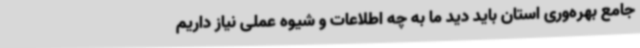
جامع بهره‌وری استان باید دید ما به چه اطلاعات و شیوه عملی نیاز داریم